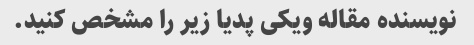
نویسنده مقاله ویکی پدیا زیر را مشخص کنید.